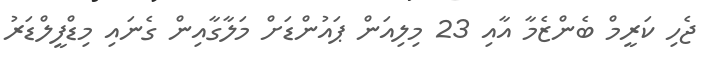
ޖެހި ކަރީމް ބެންޒެމާ އާއި 23 މިލިއަން ޕައުންޑަށް މަލާގާއިން ގެނައި މިޑްފީލްޑަރު